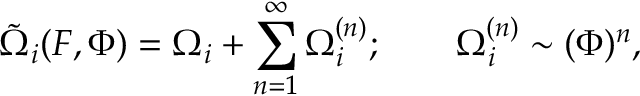
\tilde { \Omega } _ { i } ( F , \Phi ) = \Omega _ { i } + \sum _ { n = 1 } ^ { \infty } \Omega _ { i } ^ { ( n ) } ; ~ ~ ~ ~ ~ ~ \Omega _ { i } ^ { ( n ) } \sim ( \Phi ) ^ { n } ,